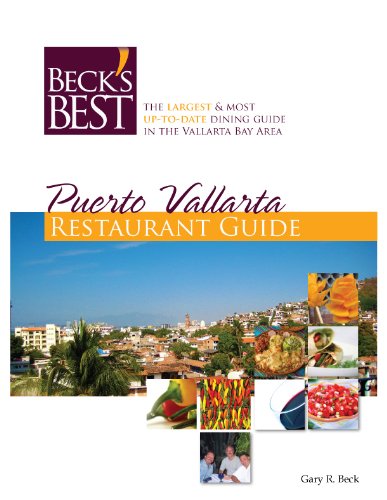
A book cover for Puerto Vallarta Restaurant Guide Beck's Best (2015); Gary R. Beck; Travel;